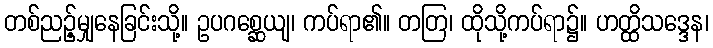
တစ်ညဉ့်မျှနေခြင်းသို့။ ဥပဂစ္ဆေယျ၊ ကပ်ရာ၏။ တတြ၊ ထိုသို့ကပ်ရာ၌။ ဟတ္ထိသဒ္ဒေန၊